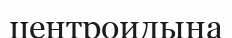
центроидына